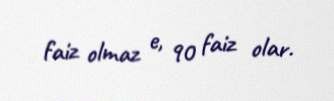
faiz olmaz e, 90 faiz olar.